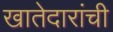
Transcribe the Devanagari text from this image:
खातेदारांची